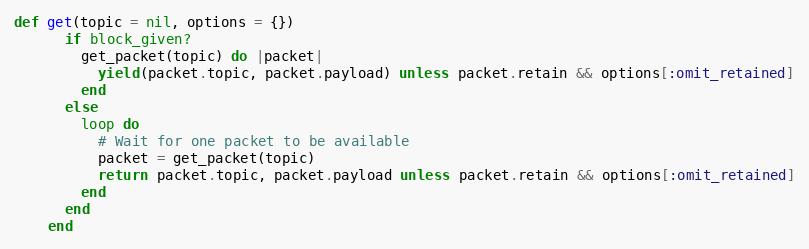
Language: Ruby
def get(topic = nil, options = {})
      if block_given?
        get_packet(topic) do |packet|
          yield(packet.topic, packet.payload) unless packet.retain && options[:omit_retained]
        end
      else
        loop do
          # Wait for one packet to be available
          packet = get_packet(topic)
          return packet.topic, packet.payload unless packet.retain && options[:omit_retained]
        end
      end
    end